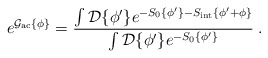
\begin{align*}e^{ {\cal{G}}_{\rm ac} \{ {\phi}\} } = \frac{\int {\cal{D}} \{\phi^{\prime} \} e^{ - S_0 \{\phi^{\prime} \} - S_{\rm int} \{ \phi^{\prime} + {\phi } \} }}{ \int {\cal{D}} \{\phi^{\prime} \} e^{ - S_0 \{\phi^{\prime} \} } } \; .\end{align*}